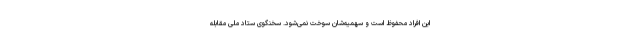
این افراد محفوظ است و سهمیه‌شان سوخت نمی‌شود. سخنگوی ستاد ملی مقابله